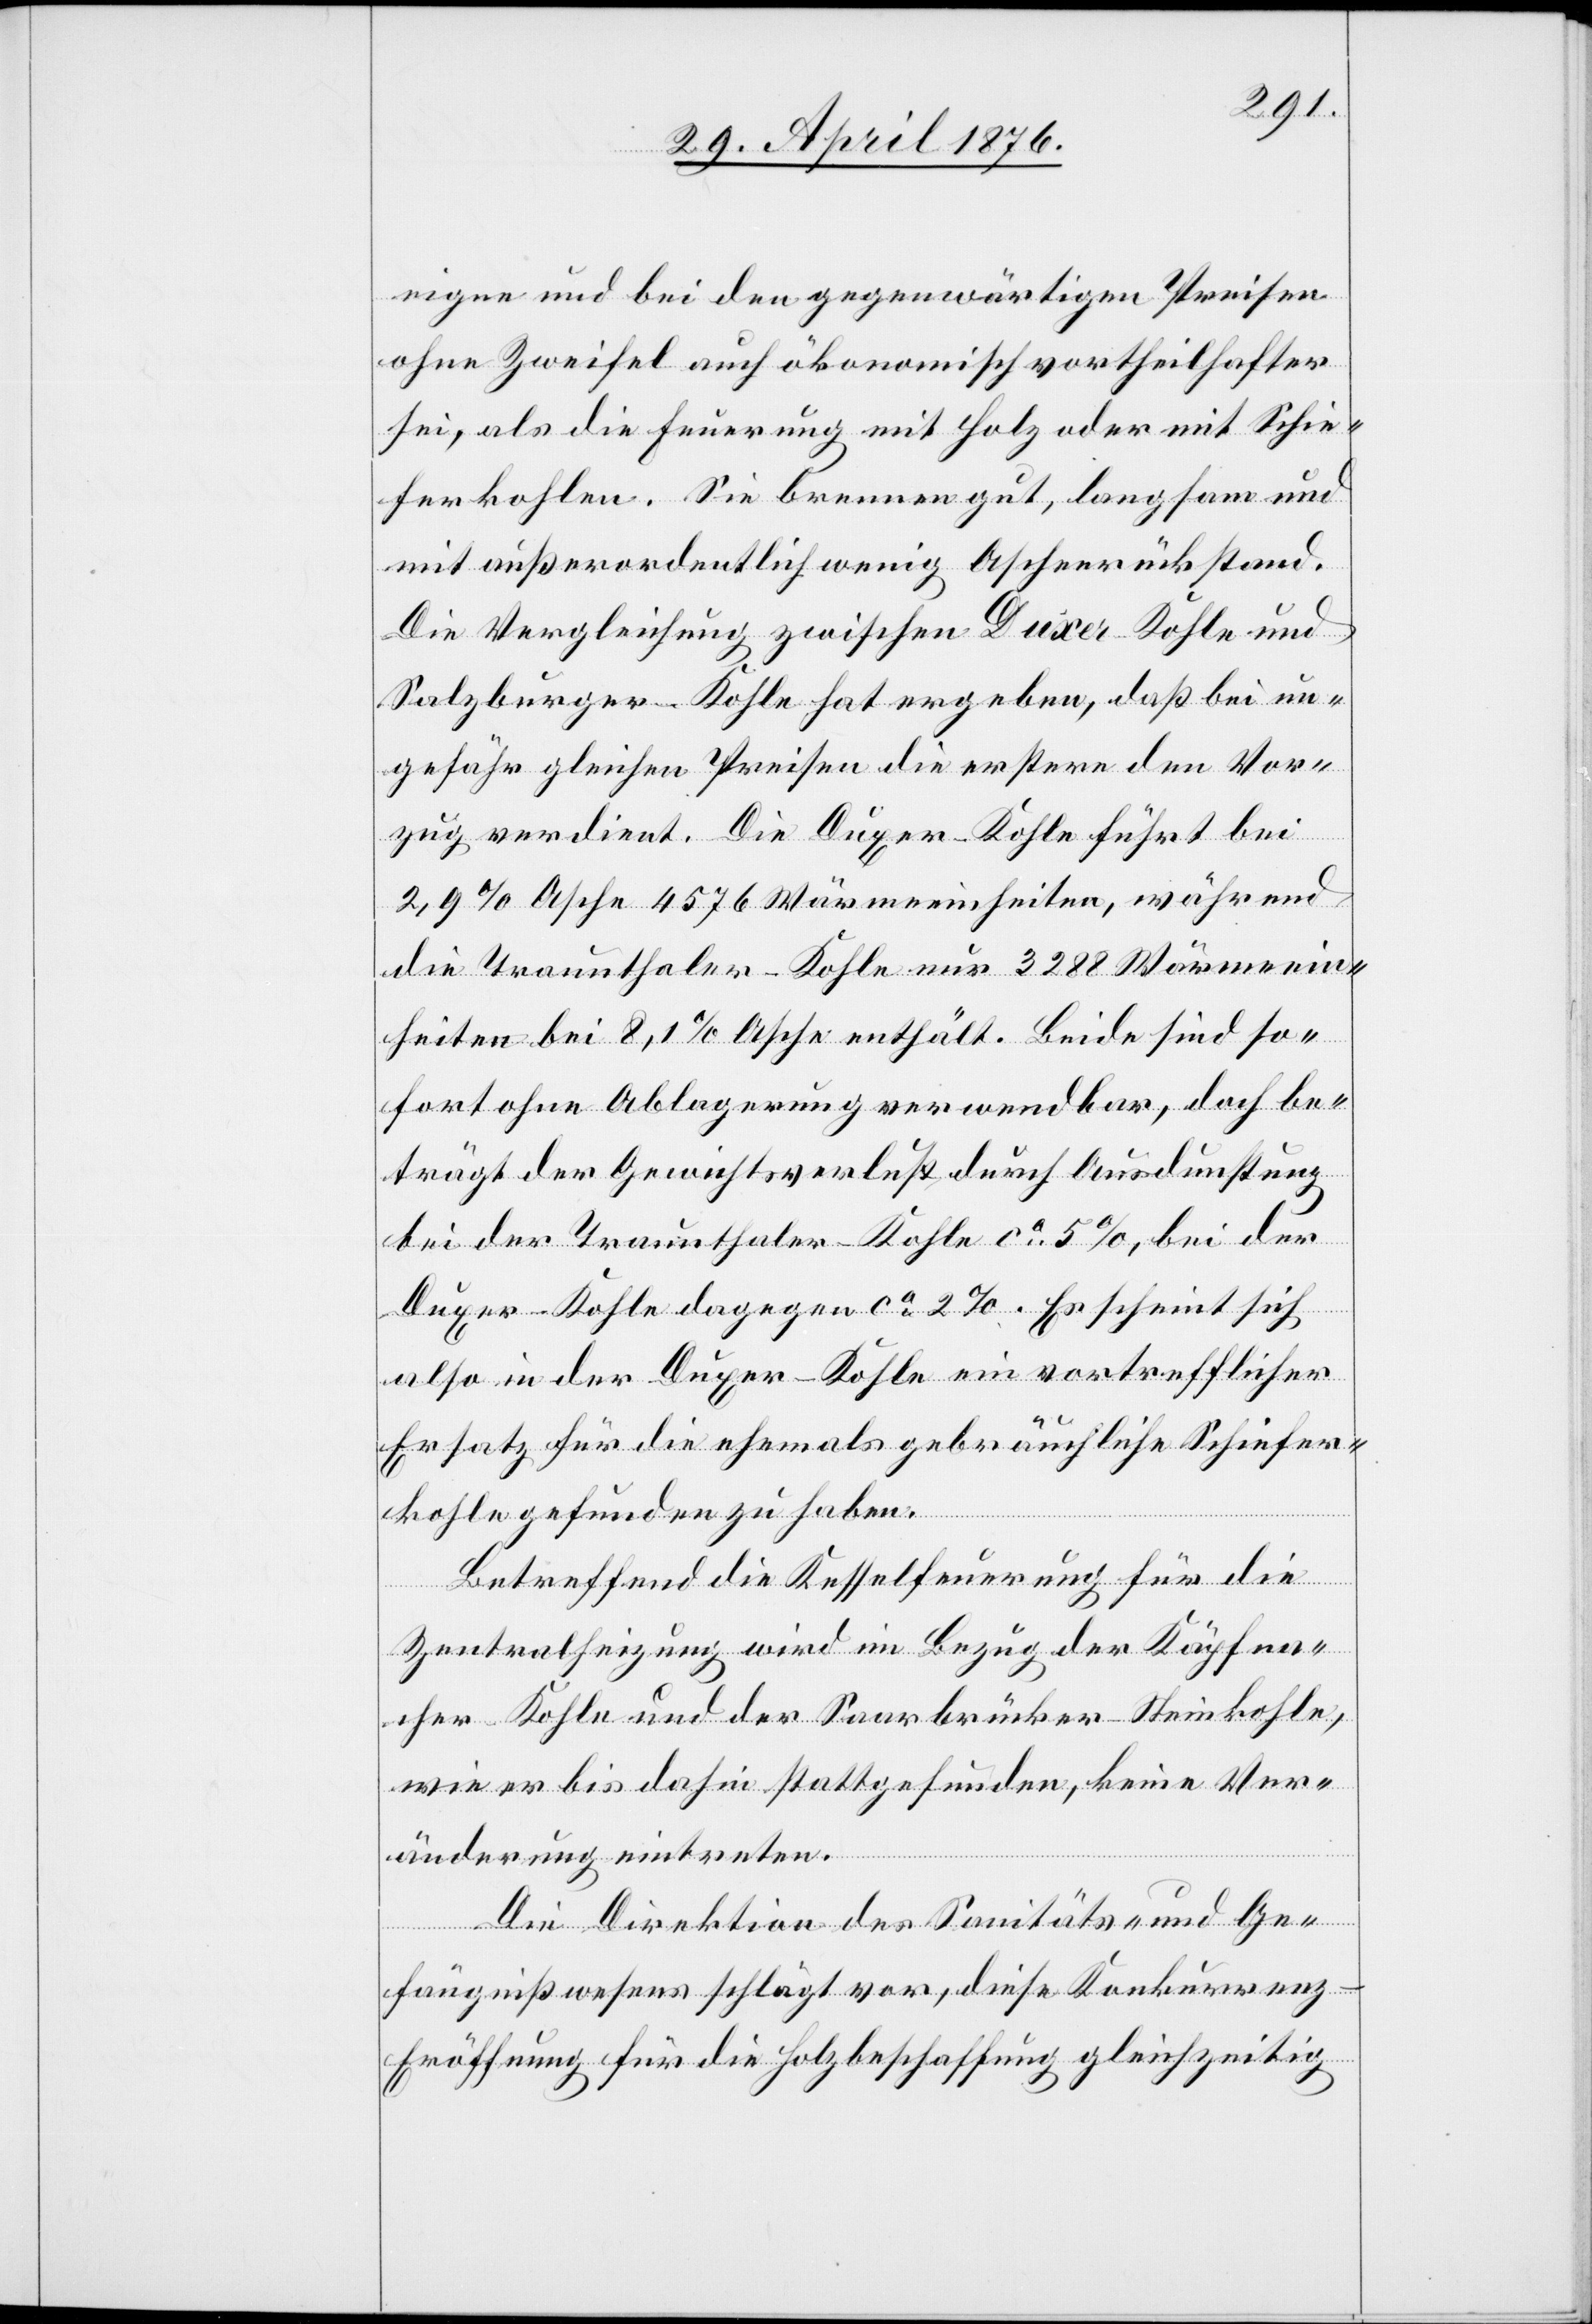
eigne und bei den gegenwärtigen Preisen
ohne Zweifel auch ökonomisch vortheilhafter
sei, als die Feuerung mit Holz oder mit Schie¬
ferkohlen. Sie brennen gut, langsam und
mit außerordentlich wenig Aschenrückstand.
Die Vergleichung zwischen Duxer-Kohle und
Salzburger-Kohle hat ergeben, daß bei un¬
gefähr gleichen Preisen die erstere den Vor¬
zug verdient. Die Duxer-Kohle führt bei
2,9 % Asche 4576 Wärmeeinheiten, während
die Traunthaler-Kohle nur 3288 Wärmeein¬
heiten bei 8,1 % Asche enthält. Beide sind so¬
fort ohne Ablagerung verwendbar, doch be¬
trägt der Gewichtsverlust durch Ausdunstung
bei der Traunthaler-Kohle ca 5 %, bei der
Duxer-Kohle dagegen ca 2 %. Es scheint sich
also in der Duxer-Kohle ein vortrefflicher
Ersatz für die ehemals gebräuchliche Schiefer¬
kohle gefunden zu haben.
Betreffend die Kesselfeuerung für die
Zentralheizung wird im Bezug der Käpfna¬
cher-Kohle und der Saarbrücker-Steinkohle,
wie er bis anhin stattgefunden, keine Ver¬
änderung eintreten.
Die Direktion des Sanitäts- und Ge¬
fängnißwesens schlägt vor, diese Konkurrenz-E¬
röffnung für die Holzbeschaffung gleichzeitig